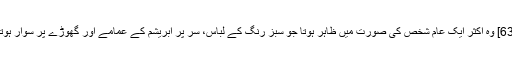
[63] وہ اکثر ایک عام شخص کی صورت میں ظاہر ہوتا جو سبز رنگ کے لباس، سر پر ابریشم کے عمامے اور گھوڑے پر سوار ہوتا۔